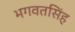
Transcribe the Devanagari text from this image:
भगवतसिंह